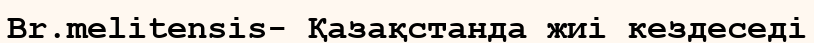
Br.melitensis- Қазақстанда жиі кездеседі